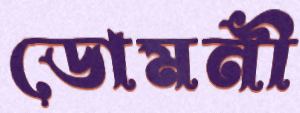
ডোমনী